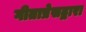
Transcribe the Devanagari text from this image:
गीताप्रेसद्वारा